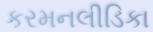
કરમનલીડિકા